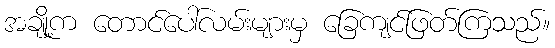
အချို့က တောင်ပေါ်လမ်းများမှ ခြေကျင်ဖြတ်ကြသည်။